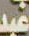
عبد